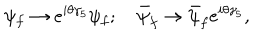
\psi _ { f } \rightarrow e ^ { i \theta \gamma _ { 5 } } \psi _ { f } ; \bar { \psi } _ { f } \rightarrow \bar { \psi } _ { f } e ^ { i \theta \gamma _ { 5 } } ,